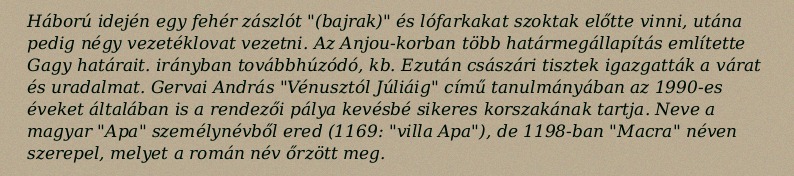
Háború idején egy fehér zászlót "(bajrak)" és lófarkakat szoktak előtte vinni, utána pedig négy vezetéklovat vezetni. Az Anjou-korban több határmegállapítás említette Gagy határait. irányban továbbhúzódó, kb. Ezután császári tisztek igazgatták a várat és uradalmat. Gervai András "Vénusztól Júliáig" című tanulmányában az 1990-es éveket általában is a rendezői pálya kevésbé sikeres korszakának tartja. Neve a magyar "Apa" személynévből ered (1169: "villa Apa"), de 1198-ban "Macra" néven szerepel, melyet a román név őrzött meg.